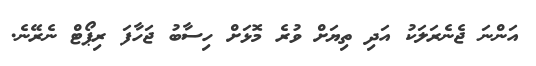
އަންނަ ޖެނެރަލަކު އަދި ތިޔަށް ވުރެ މޮޅަށް ހިސާބު ޖަހާފަ ރިޕޯޓް ނެރޭނެ.